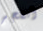
أنفجر